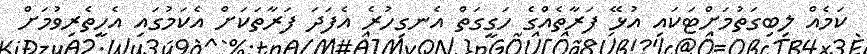
ކަމެއް ލިބިގަތުމަށްޓަކައި އުޅޭ ފަރާތެއްގެ ހަގީގަތް އެނގިހުރެ އެފަދަ ފަރާތަކަށް އެކަމުގައި އެހީތެރިވުމަށް